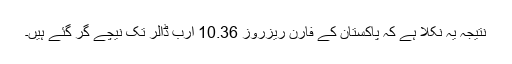
نتیجہ یہ نکلا ہے کہ پاکستان کے فارن ریزروز 10.36 ارب ڈالر تک نیچے گر گئے ہیں۔